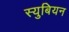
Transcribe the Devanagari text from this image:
स्युबियन